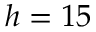
h = 1 5